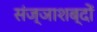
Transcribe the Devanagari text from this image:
संज्ञाशब्दों